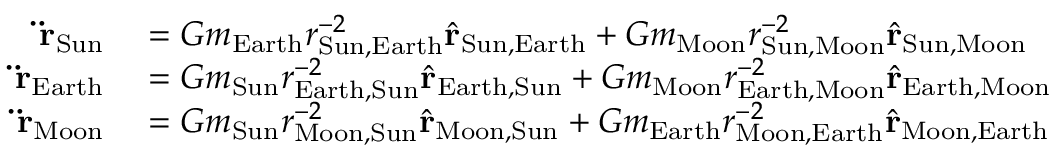
\begin{array} { r l } { \mathbf { \ddot { r } } _ { \mathrm { S u n } } } & { { } = G m _ { \mathrm { E a r t h } } r _ { { \mathrm { S u n } } , { \mathrm { E a r t h } } } ^ { - 2 } { \hat { \mathbf { r } } } _ { { \mathrm { S u n } } , { \mathrm { E a r t h } } } + G m _ { \mathrm { M o o n } } r _ { { \mathrm { S u n } } , { \mathrm { M o o n } } } ^ { - 2 } { \hat { \mathbf { r } } } _ { { \mathrm { S u n } } , { \mathrm { M o o n } } } } \\ { \mathbf { \ddot { r } } _ { \mathrm { E a r t h } } } & { { } = G m _ { \mathrm { S u n } } r _ { { \mathrm { E a r t h } } , { \mathrm { S u n } } } ^ { - 2 } { \hat { \mathbf { r } } } _ { { \mathrm { E a r t h } } , { \mathrm { S u n } } } + G m _ { \mathrm { M o o n } } r _ { { \mathrm { E a r t h } } , { \mathrm { M o o n } } } ^ { - 2 } { \hat { \mathbf { r } } } _ { { \mathrm { E a r t h } } , { \mathrm { M o o n } } } } \\ { \mathbf { \ddot { r } } _ { \mathrm { M o o n } } } & { { } = G m _ { \mathrm { S u n } } r _ { { \mathrm { M o o n } } , { \mathrm { S u n } } } ^ { - 2 } { \hat { \mathbf { r } } } _ { { \mathrm { M o o n } } , { \mathrm { S u n } } } + G m _ { \mathrm { E a r t h } } r _ { { \mathrm { M o o n } } , { \mathrm { E a r t h } } } ^ { - 2 } { \hat { \mathbf { r } } } _ { { \mathrm { M o o n } } , { \mathrm { E a r t h } } } } \end{array}